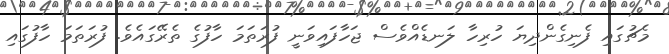
މެޗުގަައި ފެނިގެންދިޔަ ހުރިހާ ލަނޑެއްވެސް ޖަހާފައިވަނީ ފުރަތަމަ ހާފުގެ ތެރޭގައެވެ. ފުރަތަމަ ހާފުގައި